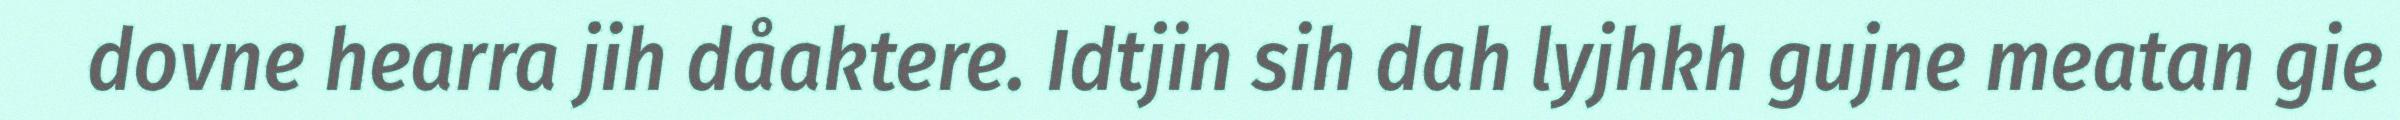
dovne hearra jih dåaktere. Idtjin sih dah lyjhkh gujne meatan gie